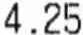
4.25